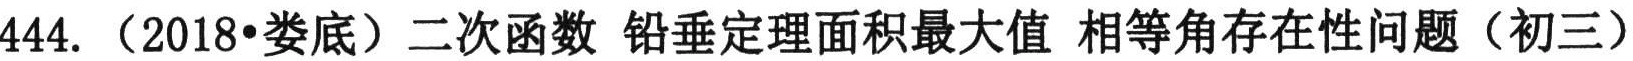
444.（2018•娄底）二次函数 铅垂定理面积最大值 相等角存在性问题（初三）